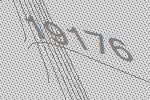
19176